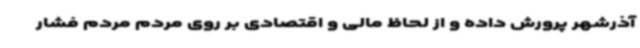
آذرشهر پرورش داده و از لحاظ مالی و اقتصادی بر روی مردم مردم فشار